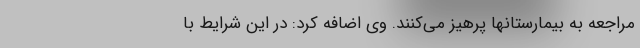
مراجعه به بیمارستانها پرهیز می‌کنند. وی اضافه کرد: در این شرایط با